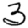
Digit: 3